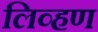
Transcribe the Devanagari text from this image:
लिव्हण